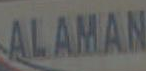
ALAMAN